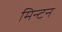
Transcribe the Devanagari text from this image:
मिन्टन